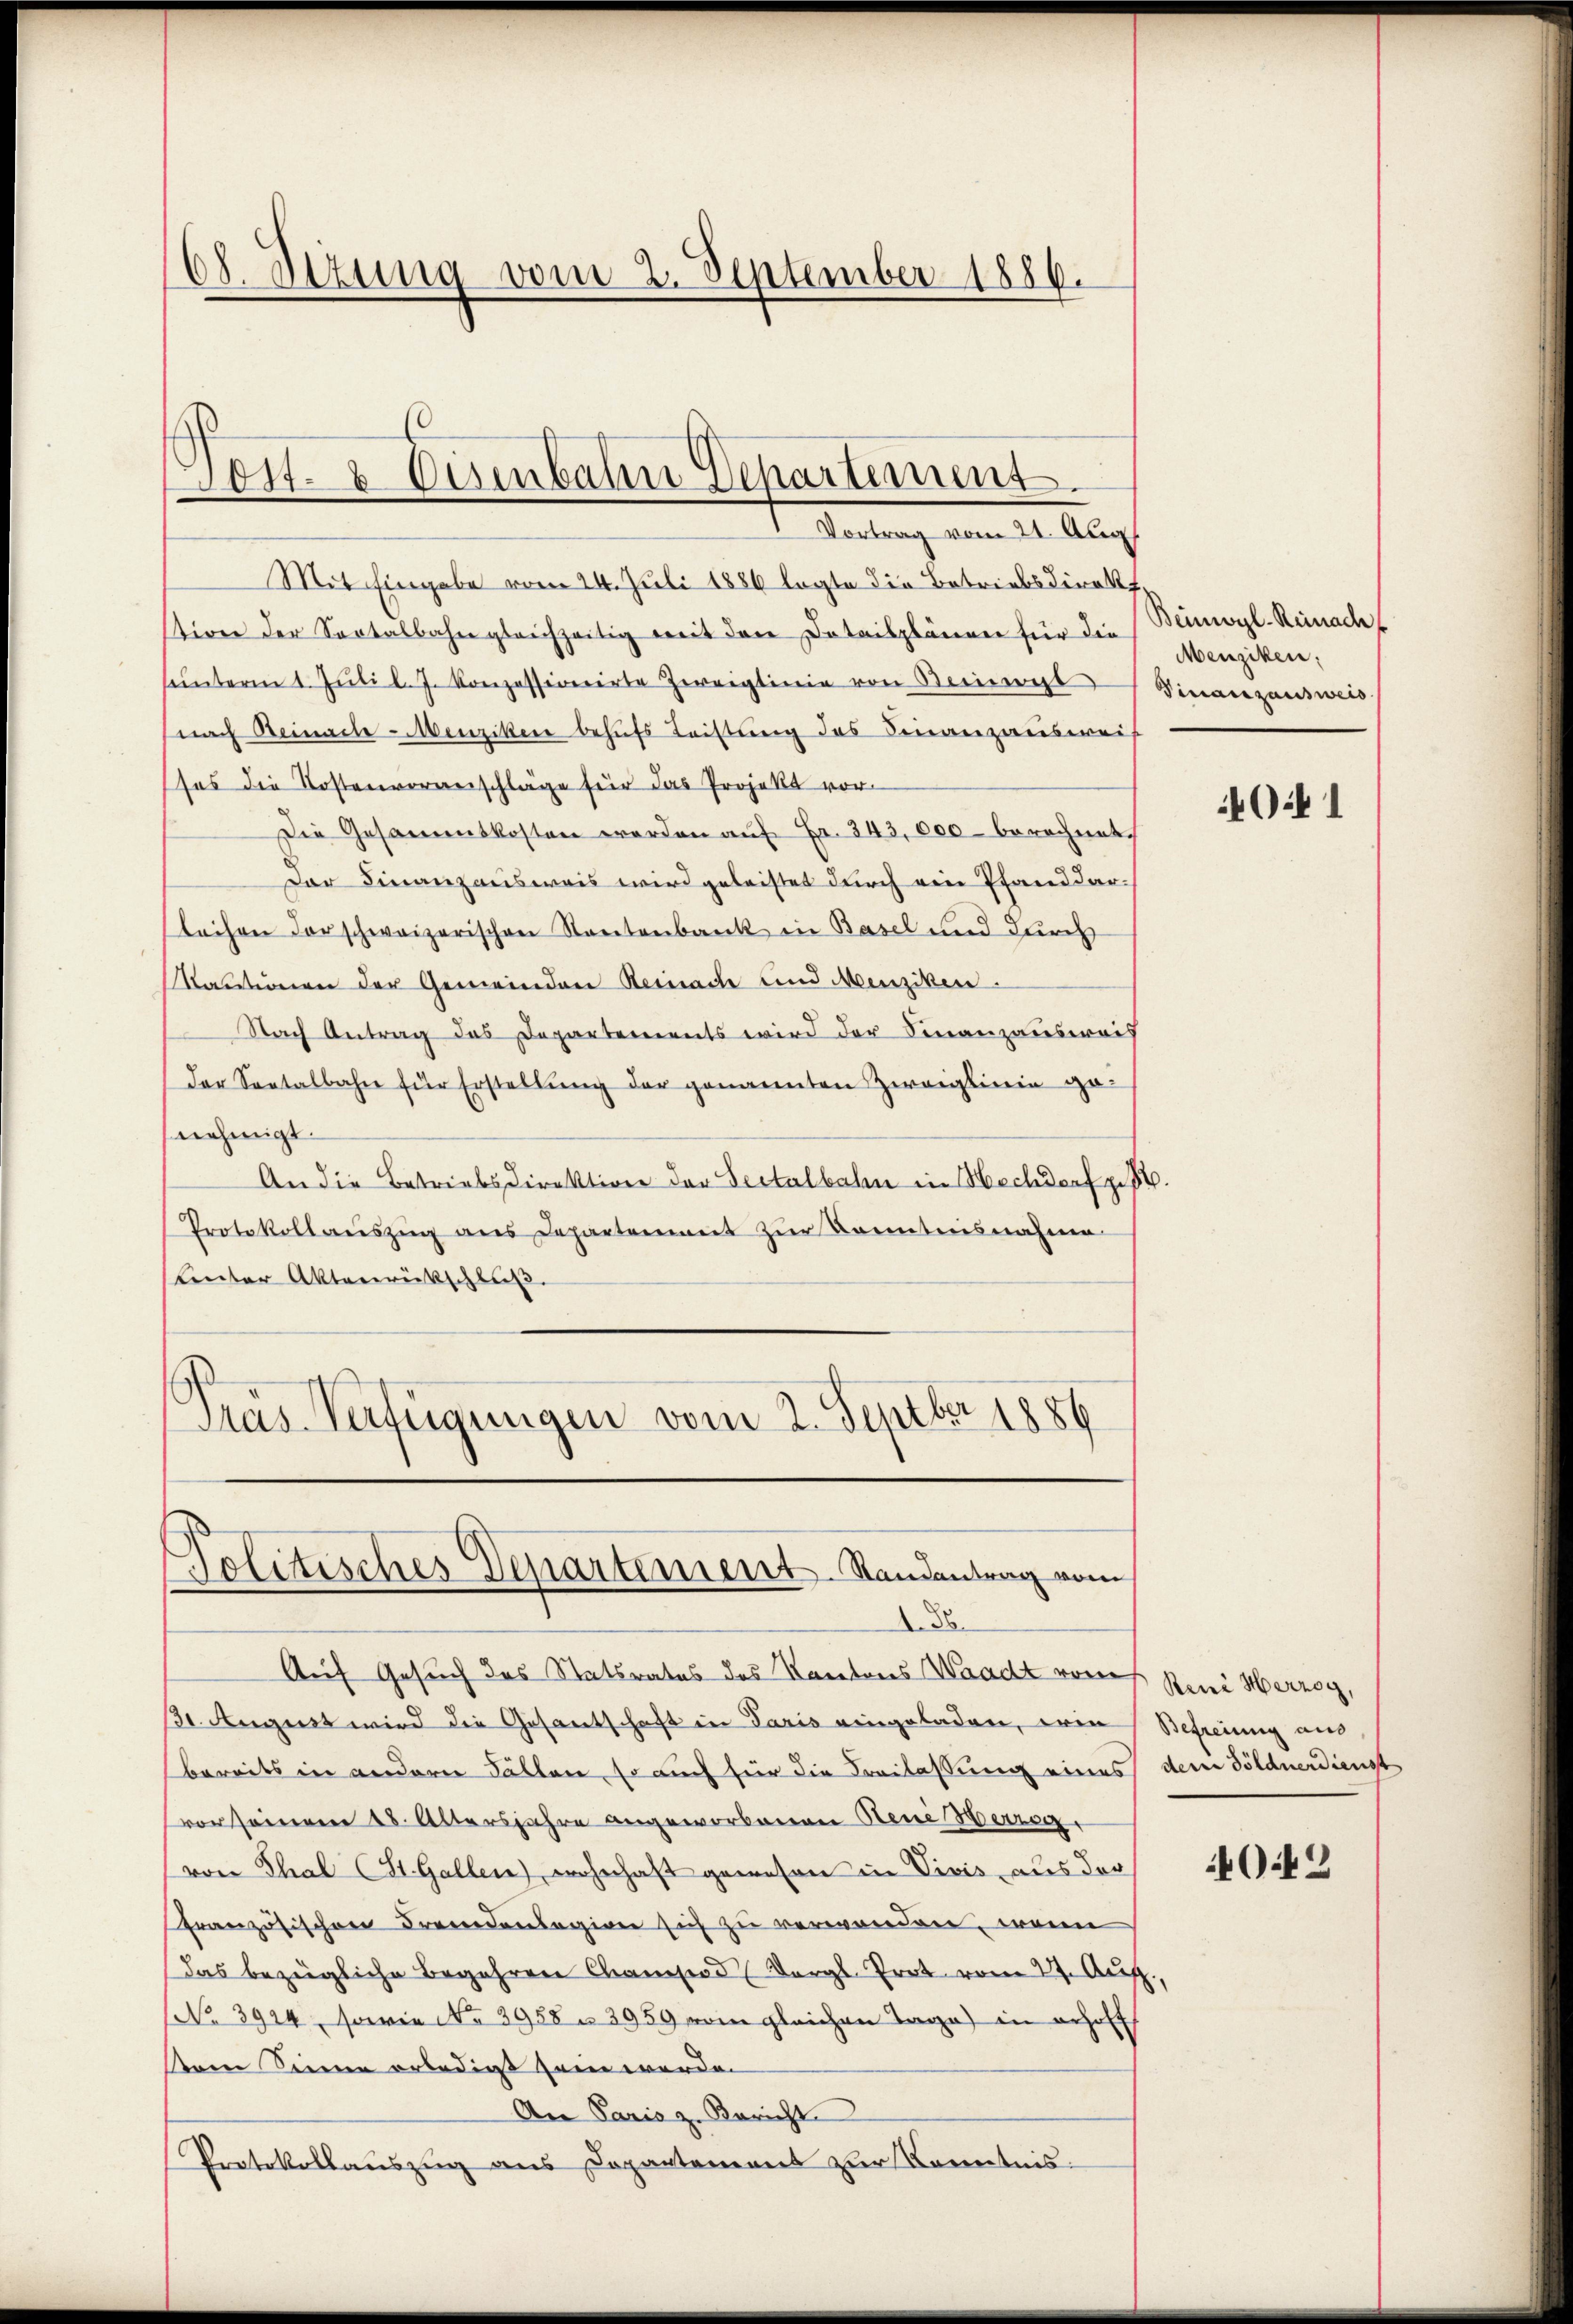
68. Stzung vom 2. September 1886.

Notte Osenbahn Departement.
t. Vertrag vom 14. Aug.

Politisches Departement. Randantrag vom
8

Mit Eingabe vom 24. Juli 1886 legte die Betriebsdirekt,
stiven der Sectalbahn gleichzeitig mit den Detailplänen für die
hŭnterm 1. Jŭli l. J. Konzessionirte Zweiglinie von Seineret
(nach Beinacle-Menziker behufs Leistung des Finanzausweis
ses die Kostenvoranschläge für das Projekt vor¬
Die Gesammtkosten werden auf Fr. 343,000 - berechnet
Der Finanzausweis wird geleistet durch ein Pfand darleihen der schweizerischen Staatenbank in Basel und durch
Kautionen der Gemeinden Reinach und Menziken
Nach Antrag des Departements wird der Finanzausweis
(der Seetalbahn für Erstellŭng der genannten Zweiglinie ge-
nehmigt.
An die Betriebsdirektion der Sectalbahn in Hochdorf z
Protokollaŭszŭg ans Departement zur Kenntnisnahme
Lnter Aktenrückschluß.
Präs. Verfügungen vom 2. Septbr 1886

Beinwyl-Reinachf
Menziken,
Vinanzausweis

Auf Gesuch des Statsrates des Kantons Waadt von Reni Herzog,
31 August wird die Gesantschaft in Paris eingeladen, wie Befreiung aus,
bereits in andern Fällen, so auch für die Freilassung eines dem Söldnerdienst
vor seinem 18. Altersjahre angeworbenen Reue Werrog
von Thal (St. Gallen), wohnhaft gewesen in Vivis, aus der
französischen Fremdenlegion sich zu verwenden, wenn
das bezügliche Begehren Chamelod (Vergl. Prot vom 27. Aug.,
(No 3944, sowie No 3958 u. 3959 vom gleichen Tage) in erholt
sern Seinen erledigt sein werde.
An Paris z. Bericht
Protokollauszug aus Departement zur Kenntnis-

4041

02